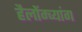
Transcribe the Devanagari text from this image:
हैलोंग्च्यांग